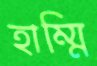
হাম্মি